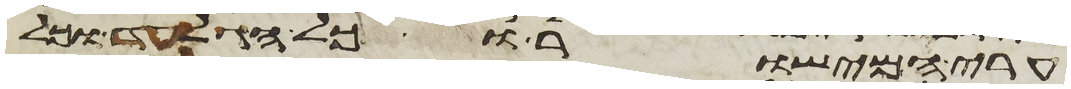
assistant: ערי המישור וכל הגלעד וכל